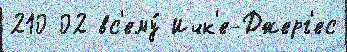
210 02 вс'ему́ Ичк'е-Джерг'ес